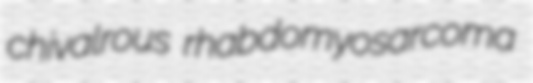
chivalrous rhabdomyosarcoma